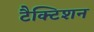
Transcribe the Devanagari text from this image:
टैक्टिशन